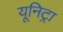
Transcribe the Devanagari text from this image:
यूनिट्रा